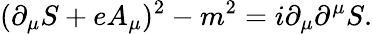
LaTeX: (\partial_{\mu}S+eA_{\mu})^{2}-m^{2}=i\partial_{\mu}\partial^{\mu}S.